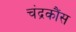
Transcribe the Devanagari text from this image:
चंद्रकौंस